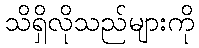
သိရှိလိုသည်များကို